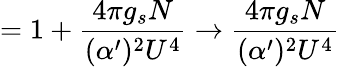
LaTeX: =1+\frac{4\pi g_{s}N}{(\alpha^{\prime})^{2}U^{4}}\rightarrow\frac{4\pi g_{s}N}{(\alpha^{\prime})^{2}U^{4}}